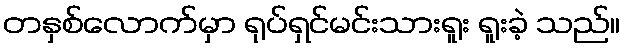
တနှစ်လောက်မှာ ရုပ်ရှင်မင်းသားရူး ရူးခဲ့ သည်။